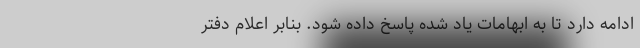
ادامه دارد تا به ابهامات یاد شده پاسخ داده شود. بنابر اعلام دفتر